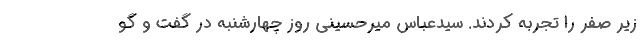
زیر صفر را تجربه کردند. سیدعباس میرحسینی روز چهارشنبه در گفت و گو